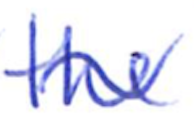
Text: the
Cross-out: wave
Writing tool: ballpoint